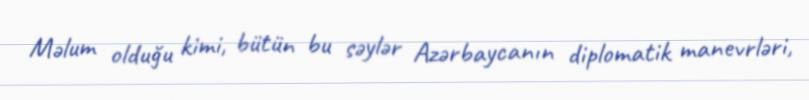
Məlum olduğu kimi, bütün bu səylər Azərbaycanın diplomatik manevrləri,